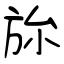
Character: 旀